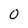
Character: 0